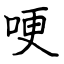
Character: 哽